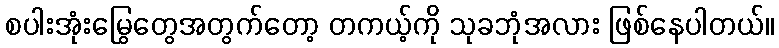
စပါးအုံးမြွေတွေအတွက်တော့ တကယ့်ကို သုခဘုံအလား ဖြစ်နေပါတယ်။